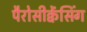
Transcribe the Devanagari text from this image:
पैरोसीक्वेंसिंग